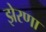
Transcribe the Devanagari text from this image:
झेरणा